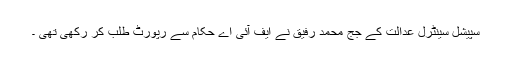
سپیشل سینٹرل عدالت کے جج محمد رفیق نے ایف آئی اے حکام سے رپورٹ طلب کر رکھی تھی ۔